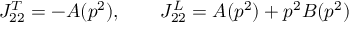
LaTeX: J _ { 2 2 } ^ { T } = - A ( p ^ { 2 } ) , \ \ \ \ \ \ J _ { 2 2 } ^ { L } = A ( p ^ { 2 } ) + p ^ { 2 } B ( p ^ { 2 } )